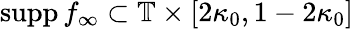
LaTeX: \mathrm{supp}\, f_{\infty}\subset\mathbb{T}\times[2\kappa_{0},1-2\kappa_{0}]